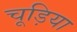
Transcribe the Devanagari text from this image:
चूड़िया